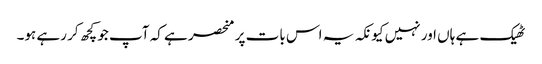
ٹھیک ہے ہاں اور نہیں کیونکہ یہ اس بات پر منحصر ہے کہ آپ جو کچھ کر رہے ہو۔